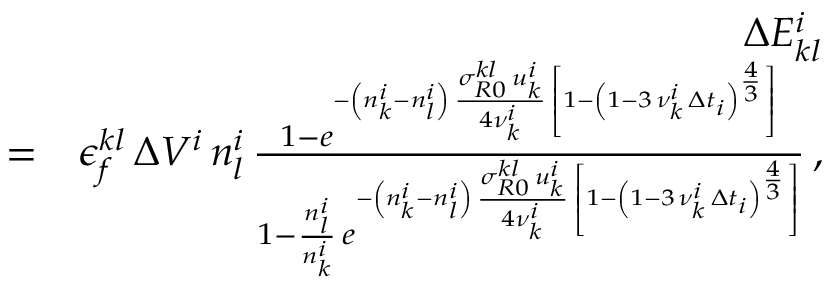
\begin{array} { r l r } & { } & { \Delta E _ { k l } ^ { i } } \\ & { = } & { \epsilon _ { f } ^ { k l } \, \Delta V ^ { i } \, n _ { l } ^ { i } \, \frac { 1 - e ^ { - \left( n _ { k } ^ { i } - n _ { l } ^ { i } \right) \, \frac { \sigma _ { R 0 } ^ { k l } \, u _ { k } ^ { i } } { 4 \nu _ { k } ^ { i } } \, \left[ 1 - \left( 1 - 3 \, \nu _ { k } ^ { i } \, \Delta t _ { i } \right) ^ { \frac { 4 } { 3 } } \right] } } { 1 - \frac { n _ { l } ^ { i } } { n _ { k } ^ { i } } \, e ^ { - \left( n _ { k } ^ { i } - n _ { l } ^ { i } \right) \, \frac { \sigma _ { R 0 } ^ { k l } \, u _ { k } ^ { i } } { 4 \nu _ { k } ^ { i } } \, \left[ 1 - \left( 1 - 3 \, \nu _ { k } ^ { i } \, \Delta t _ { i } \right) ^ { \frac { 4 } { 3 } } \right] } } \, , } \end{array}